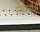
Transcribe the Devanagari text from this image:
मेहलौरी